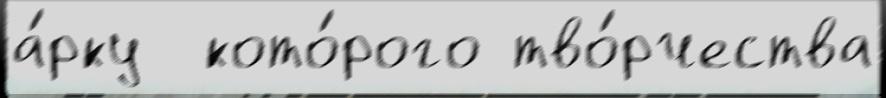
а́рку  кото́рого тво́рчества